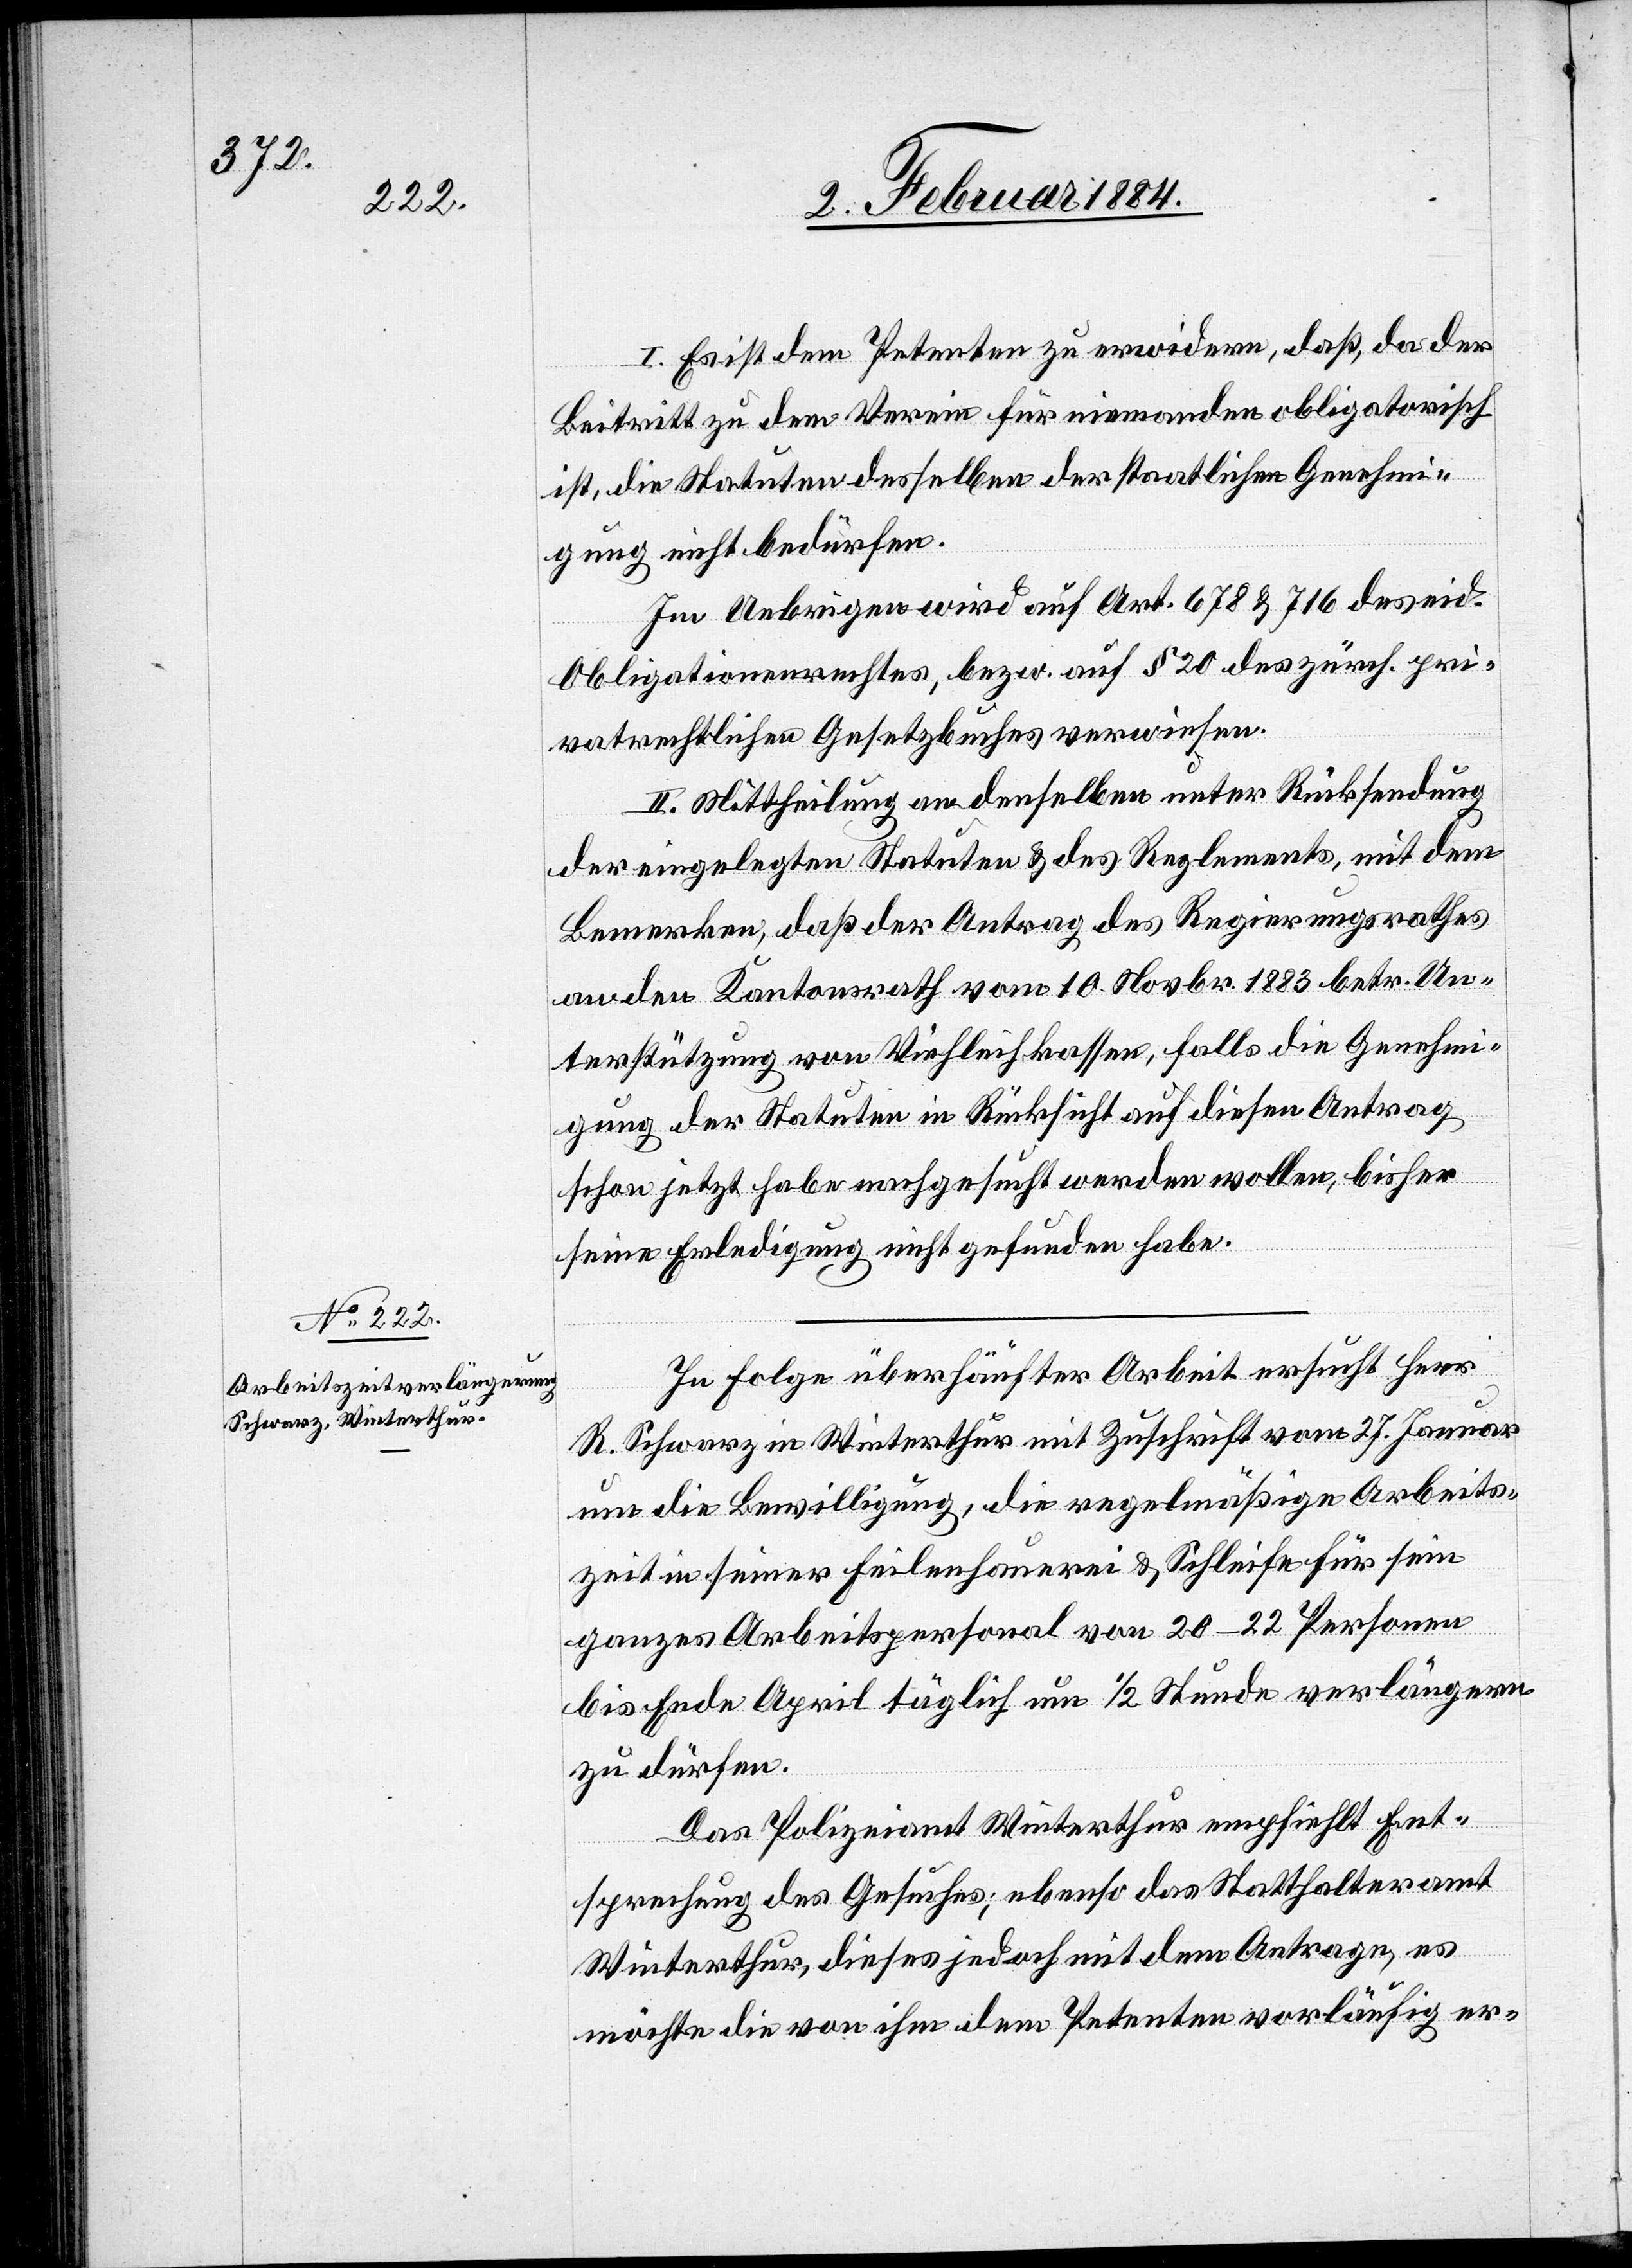
I. Es ist dem Petenten zu erwidern, daß, da der
Beitritt zu dem Verein für niemanden obligatorisch
ist, die Statuten desselben der staatlichen Genehmi¬
gung nicht bedürfen.
Im Uebrigen wird auf Art. 678 & 716 des eid.
Obligationenrechtes, bzw. auf § 20 des zürch. pri¬
vatrechtlichen Gesetzbuches verwiesen.
II. Mittheilung an denselben unter Rücksendung
der eingelegten Statuten & des Reglements, mit dem
Bemerken, daß der Antrag des Regierungsrathes
an den Kantonsrath vom 10. Novbr. 1883 betr. Un¬
terstützung von Viehleikassen, falls die Genehmi¬
gung der Statuten in Rücksicht auf diesen Antrag
schon jetzt habe nachgesucht werden wollen, bisher
seine Erledigung nicht gefunden habe.
In Folge überhäufter Arbeit ersucht Herr
R. Schwarz in Winterthur mit Zuschrift vom 27. Januar
um die Bewilligung, die regelmäßige Arbeits¬
zeit in seiner Feilenhauerei & Schleife für sein
ganzes Arbeitspersonal von 20–22 Personen
bis Ende April täglich um 1/2 Stunden verlängern
zu dürfen.
Das Polizeiamt Winterthur empfiehlt Ent¬
sprechung des Gesuches; ebenso das Statthalteramt
Winterthur, dieses jedoch mit dem Antrage, es
möchte die von ihm dem Petenten vorläufig er-